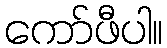
ကော်ဖီပါ။